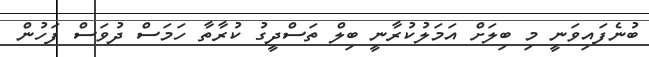
ބުނެފައިވަނީ މި ބިލަށް އަމަލުކުރާނީ ބިލް ތަސްދީގު ކުރާތާ ހަމަސް ދުވަސް ފަހުން